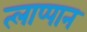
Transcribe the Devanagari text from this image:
त्लाप्पान